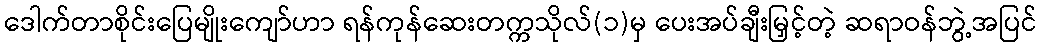
ဒေါက်တာစိုင်းပြေမျိုးကျော်ဟာ ရန်ကုန်ဆေးတက္ကသိုလ်(၁)မှ ပေးအပ်ချီးမြှင့်တဲ့ ဆရာဝန်ဘွဲ့အပြင်